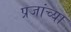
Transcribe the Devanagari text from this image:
प्रजांच्या